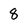
Character: 8